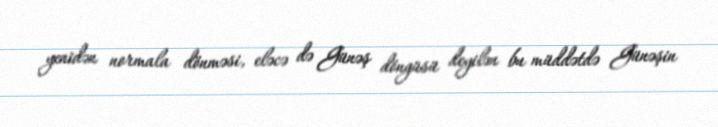
yenidən normala dönməsi, eləcə də Günəş döngüsü deyilən bu müddətdə Günəşin